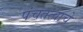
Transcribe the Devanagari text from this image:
पंचतत्वाचे